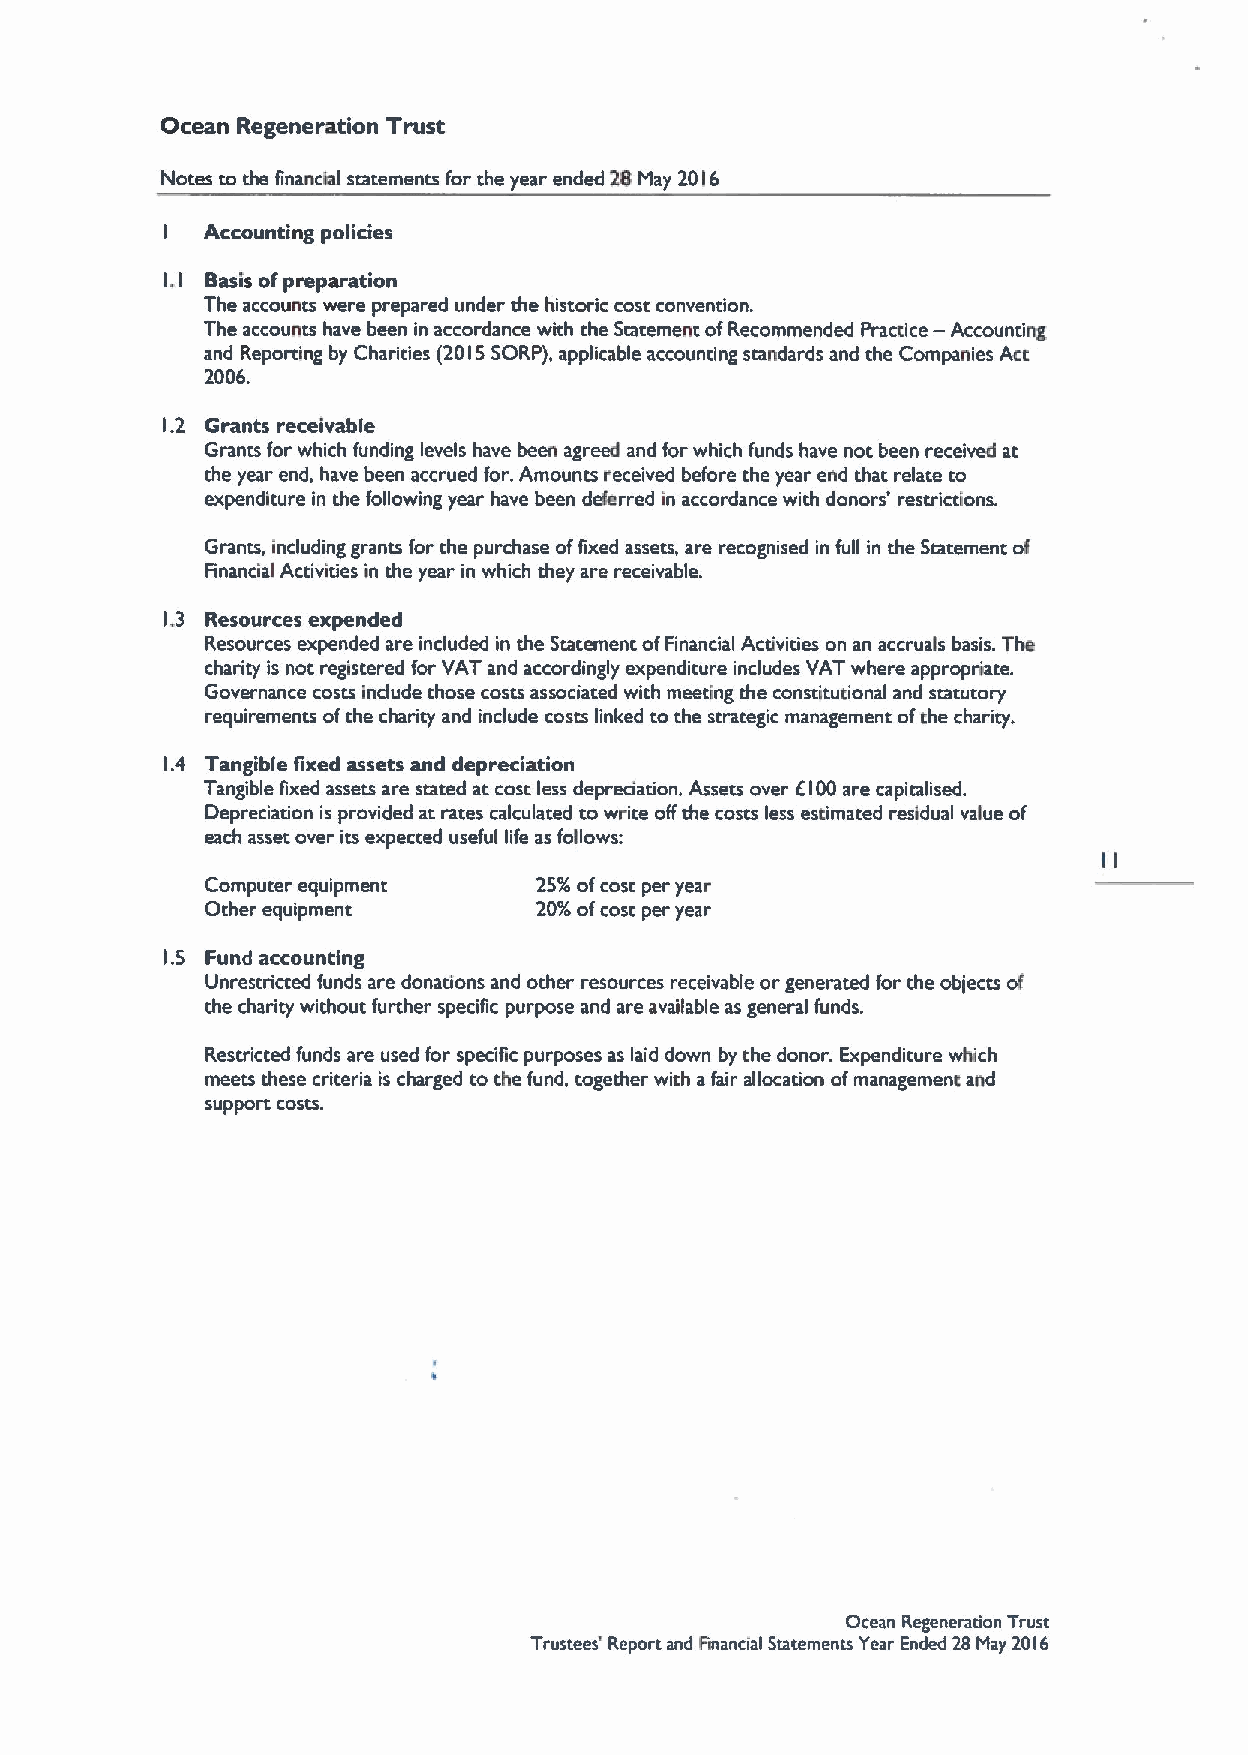
Ocean Regeneration Trust
 Notes to the financial statements for the year ended 28 May 2016
 Accounting policies
 I
 I. Basis ofpreparation
 I
 The accounts were prepared under the historic cost convention.
 The accoums have been in accordance with the Statement ofRecommended Practice — Accounting
 and Reporting by Charities (2015SORP), applicable accounting standards and the Companies Act
 2006.
 1.2 Grants receivable
 Grants for which funding levels have been agreed and for which funds have not been received at
 the year end, have been accrued for.Amouncs received before the year end that relate to
 expenditure in the following year have been deferred in accordance with donors' rescrictions.
 Grants, including grants for the purchase offixed assets, are recognised in full in the Statement of
 Financial Activities in the year in which they are receivable.
 1.3 Resources expended
 Resources expended are included in the Statement ofFinancial Activides on an accruals basis. The
 charity is not registered for VAT and accordingly expenditure includes VAT where appropriate.
 Governance costs Include those costs associated with meeting the constitutional and statutory
 requirements ofthe charicy and include costs linked to the strategic management ofche charity.
 1.4 Tangible fixed assets and depreciation
 Tangible fixed assets are stated at cosr.less depreciation. Assets over E100are capitalised.
 Depreciation is provided ar.rates calculated to wMite offthe coscs less escimated residual value of
 each asset over its expecced useful life as follows:
 Computer equipment    25%ofcost per year
 Other equipment       20%ofcost per year
 I.S Fund accounting
 Unrestricted funds are donations and other resources receivable or generated for the objects of
 the charity without further specific purpose and are available as general funds.
 Rescricted funds are used for specific purposes as laid down by the donor. Expenditure which
 meets these criteria is charged to the fund, cogether wirh afair allocation ofmanagement and
 support costs.
 Ocean Regeneration Trust
 Trustees' Report and Financial Statements Year Ended 28May 2016